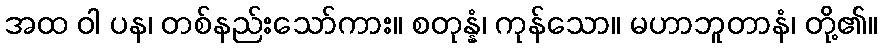
အထ ဝါ ပန၊ တစ်နည်းသော်ကား။ စတုန္နံ၊ ကုန်သော။ မဟာဘူတာနံ၊ တို့၏။